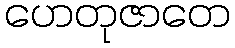
ဟေတုဇာတေ